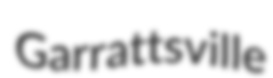
Garrattsville